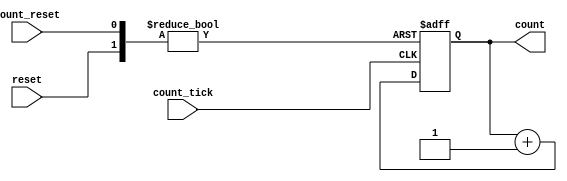
module counter(
	input wire count_tick,
	input wire reset,
	input wire count_reset,
	output reg [31:0] count
	);

	always @(posedge(count_tick),posedge(reset),posedge(count_reset)) begin
		if(reset) begin
			count = 0;
		end else if(count_reset) begin
			count = 0;
		end else begin
			count = count + 1;
		end 
	end
endmodule

// module stimulus();
// 	reg COUNT_TICK,RESET,COUNT_RESET;
// 	wire [31:0] COUNT;

// 	counter c(
// 		.count_tick(COUNT_TICK),
// 		.reset(RESET),
// 		.count_reset(COUNT_RESET),
// 		.count(COUNT)
// 	);

// 	initial begin
// 		$dumpfile("simulation.vcd");
// 		$dumpvars(0,
// 			COUNT_TICK,
// 			RESET,
// 			COUNT_RESET,
// 			COUNT
// 		);
// 	end

// 	initial begin
// 		COUNT_TICK = 1'b0;
// 		RESET = 1'b0;
// 		COUNT_RESET = 1'b0;
// 	end

// 	always begin
// 		#1 COUNT_TICK = ~ COUNT_TICK;
// 	end

// 	initial begin
// 		#10 RESET = 1'b1;
// 		#10 RESET = 1'b0;
// 		#10 COUNT_RESET = 1'b1;
// 		#10 COUNT_RESET = 1'b0;
// 	end

// 	initial begin
// 		#100 $finish;
// 	end
// endmodule